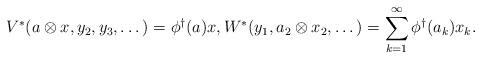
LaTeX: \begin{align*} V^\ast(a \otimes x , y_2,y_3,\dots) = \phi^\dagger(a)x, W^\ast(y_1,a_2\otimes x_2,\dots) = \sum_{k=1}^\infty \phi^\dagger(a_k)x_k. \end{align*}